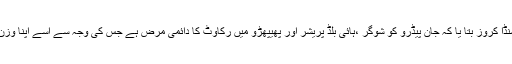
اس شخص کے ڈاکٹر جوز کیسنڈا کروز بتا یا کہ جان پیڈرو کو شوگر ،ہائی بلڈ پریشر اور پھیپھڑو میں رکاوٹ کا دائمی مرض ہے جس کی وجہ سے اسے اپنا وزن کم کرنے کی ضرورت ہے ۔